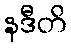
နဒီတိ